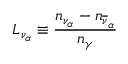
L _ { \nu _ { \alpha } } \equiv { \frac { n _ { \nu _ { \alpha } } - n _ { \overline { { { \nu } } } _ { \alpha } } } { n _ { \gamma } } }